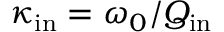
\kappa _ { \mathrm { i n } } = \omega _ { 0 } / Q _ { \mathrm { i n } }